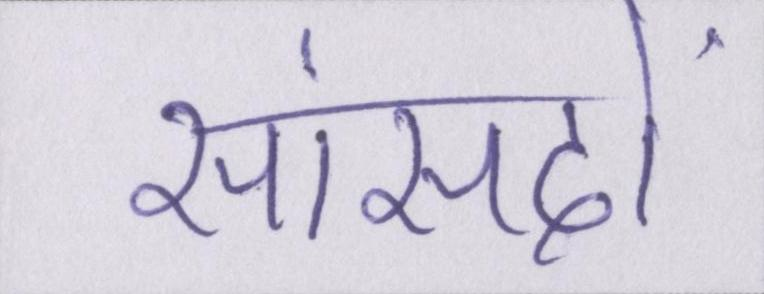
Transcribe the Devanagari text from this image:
सांसदों